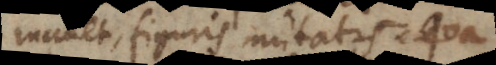
manet, figuris mutatis. Qua